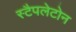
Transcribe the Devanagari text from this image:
स्टैपलेटोन